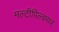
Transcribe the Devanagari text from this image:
मल्टीपिल्क्सर